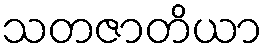
သတဇာတိယာ